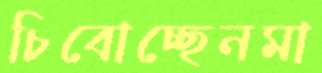
চিবোচ্ছেনমা